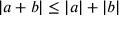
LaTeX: | a + b | \leq | a | + | b |